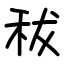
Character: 秡